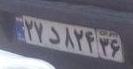
۲۷د۸۲۴۳۶